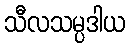
သီလသမ္ပဒါယ